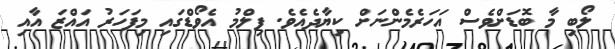
ލޯބި މާ ބޮޑަށްވެސް އަހަރެމެންނަށް ކިޔާދެއެވެ. ފިލްމު އެވޯޑްގައި މިފަހަރު އައްޒަ އާއި